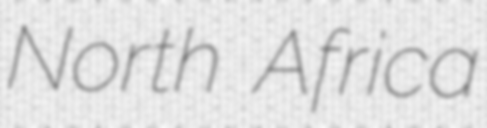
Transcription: North Africa